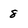
Character: 8